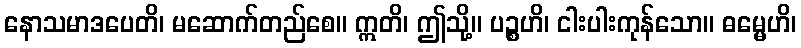
နောသမာဒပေတိ၊ မဆောက်တည်စေ။ ဣတိ၊ ဤသို့။ ပဉ္စဟိ၊ ငါးပါးကုန်သော။ ဓမ္မေဟိ၊